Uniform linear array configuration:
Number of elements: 64
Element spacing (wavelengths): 0.5
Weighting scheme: blackman
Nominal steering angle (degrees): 60
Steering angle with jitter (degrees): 58.645
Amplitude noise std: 0.05
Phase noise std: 0.05

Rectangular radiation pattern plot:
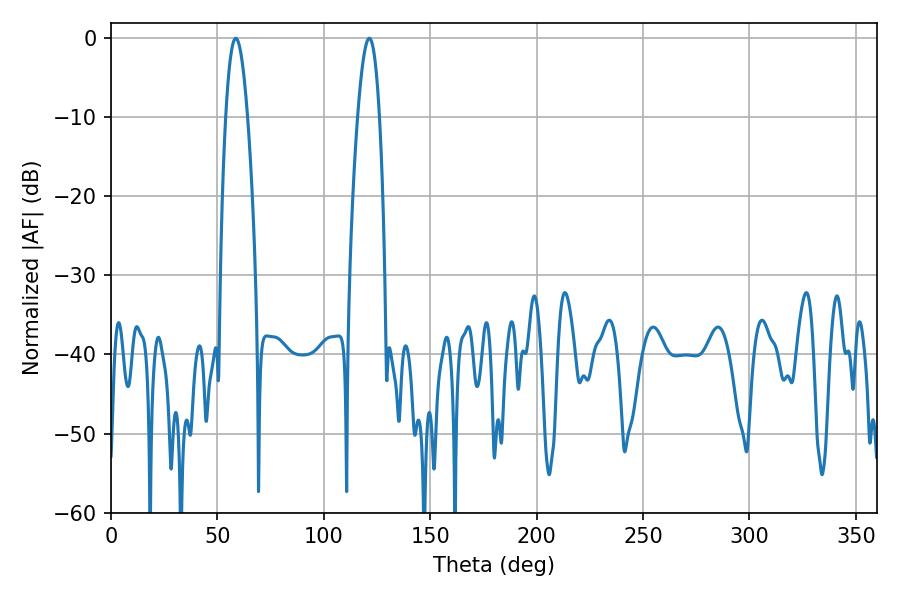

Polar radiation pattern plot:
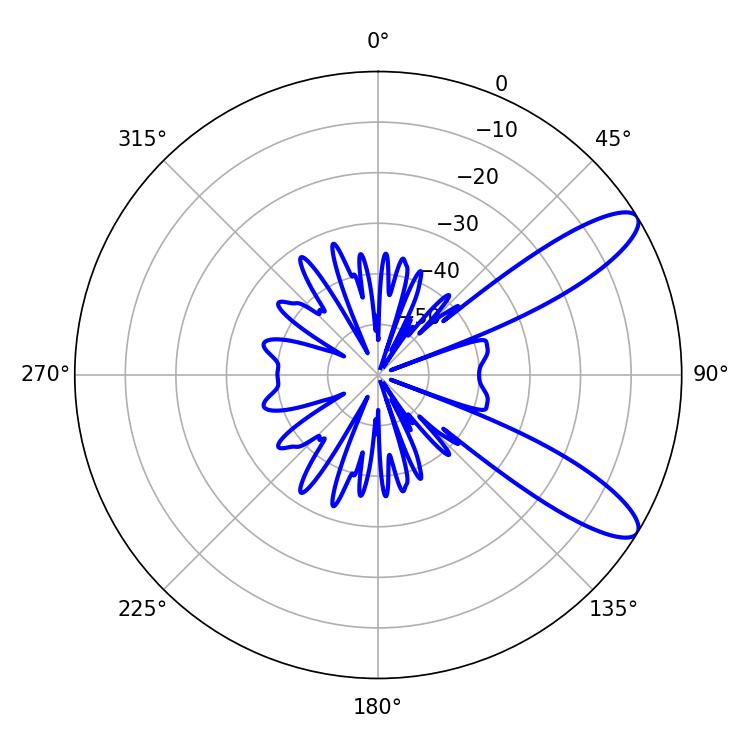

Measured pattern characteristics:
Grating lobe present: FALSE
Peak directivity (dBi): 10.427
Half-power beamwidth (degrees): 5.58
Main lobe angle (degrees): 58.68